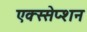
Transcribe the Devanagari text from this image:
एक्स्सेप्शन